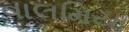
વાલમિયા